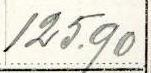
125.90